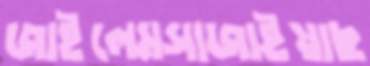
জাইলেমসাজাইয়াছ